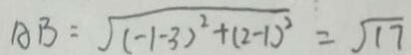
A B = \sqrt { ( - 1 - 3 ) ^ { 2 } + ( 2 - 1 ) ^ { 2 } } = \sqrt { 1 7 }